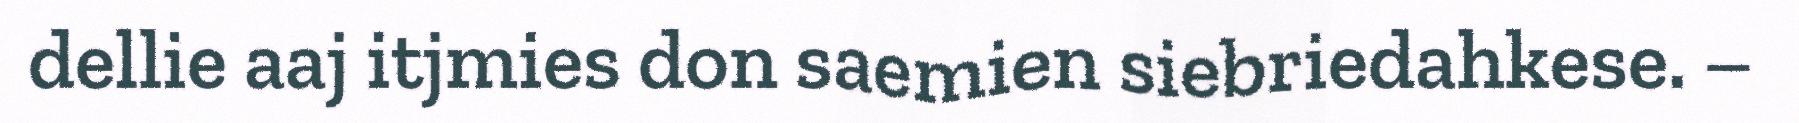
dellie aaj itjmies don saemien siebriedahkese. –